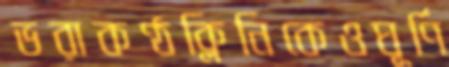
ভরাকণ্ঠক্লিনিকেওঘূর্ণি